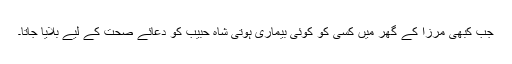
جب کبھی مرزا کے گھر میں کسی کو کوئی بیماری ہوتی شاہ حبیب کو دعائے صحت کے لیے بلایا جاتا۔